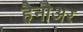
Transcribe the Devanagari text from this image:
हैनौअर